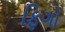
ફિગો